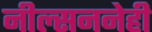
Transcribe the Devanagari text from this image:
नील्सननेही